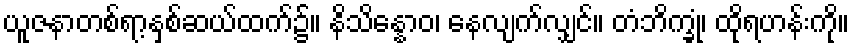
ယူဇနာတစ်ရာ့နှစ်ဆယ်ထက်၌။ နိသိန္နောဝ၊ နေလျက်လျှင်။ တံဘိက္ခုံ၊ ထိုရဟန်းကို။